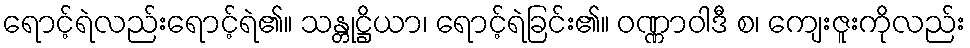
ရောင့်ရဲလည်းရောင့်ရဲ၏။ သန္တုဋ္ဌိယာ၊ ရောင့်ရဲခြင်း၏။ ဝဏ္ဏာဝါဒီ စ၊ ကျေးဇူးကိုလည်း